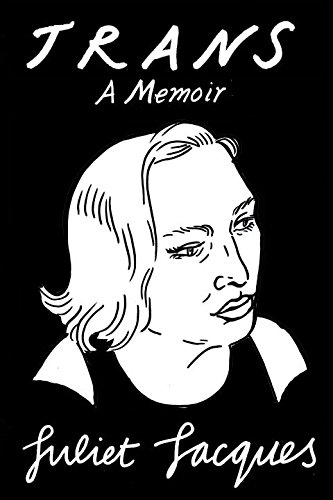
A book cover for Trans: A Memoir; Juliet Jacques; Gay & Lesbian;